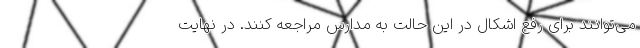
می‌توانند برای رفع اشکال در این حالت به مدارس مراجعه کنند. در نهایت